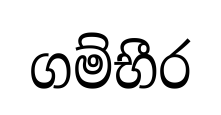
ගම්භීර